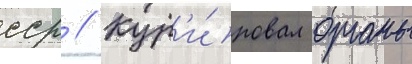
сср // Кур'и́ровал органы